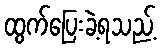
ထွက်ပြေးခဲ့ရသည့်